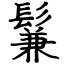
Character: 鬑